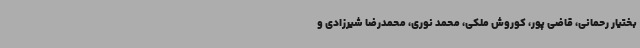
بختیار رحمانی، قاضی پور، کوروش ملکی، محمد نوری، محمدرضا شیرزادی و